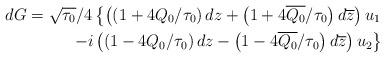
LaTeX: \begin{align*}dG=\sqrt{\tau_0}/4\left\{\left(\left(1+4Q_0/\tau_0\right)dz+\left(1+4\overline{Q_0}/\tau_0\right)d\overline{z}\right)u_1\right.\\\left.-i\left(\left(1-4Q_0/\tau_0\right)dz-\left(1-4\overline{Q_0}/\tau_0\right)d\overline{z}\right)u_2\right\}\end{align*}